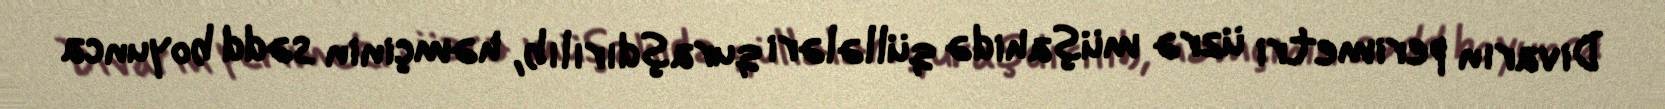
Divarın perimetri üzrə müşahidə qüllələri quraşdırılıb, həmçinin sədd boyunca